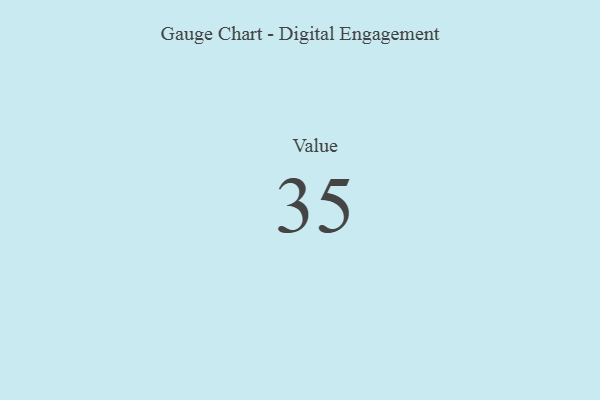
{"axis": {"x": "Metric", "y": "Value"}, "legend": [""], "data": [{"x": "Value", "y": 35, "type": ""}]}